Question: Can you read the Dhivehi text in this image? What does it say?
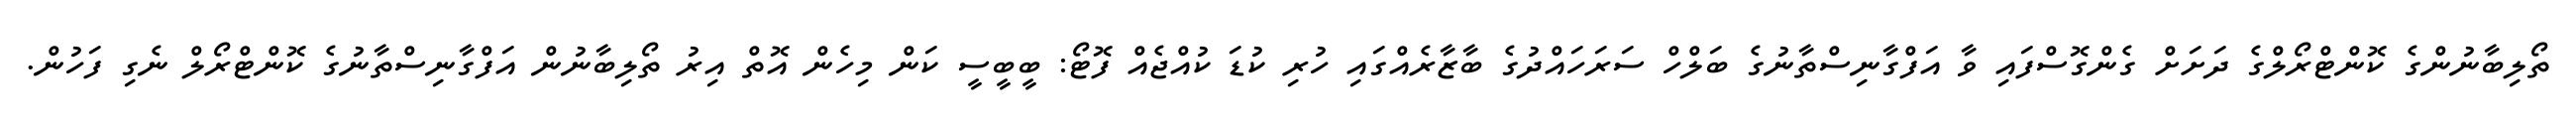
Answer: ތޯލިބާނުންގެ ކޮންޓްރޯލްގެ ދަށަށް ގެންގޮސްފައި ވާ އަފްގާނިސްތާނުގެ ބަލްހް ސަރަހައްދުގެ ބާޒާރެއްގައި ހުރި ކުޑަ ކުއްޖެއް ފޮޓޯ: ބީބީސީ ކަން މިހެން އޮތް އިރު ތޯލިބާނުން އަފްގާނިސްތާނުގެ ކޮންޓްރޯލް ނެގި ފަހުން.